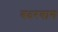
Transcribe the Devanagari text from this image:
बदरबाग